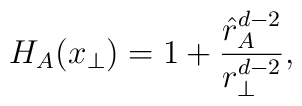
H_A (x_\perp) = 1 + {{\hat r_A^{d -2}} \over {r_\perp^{d-2}}},